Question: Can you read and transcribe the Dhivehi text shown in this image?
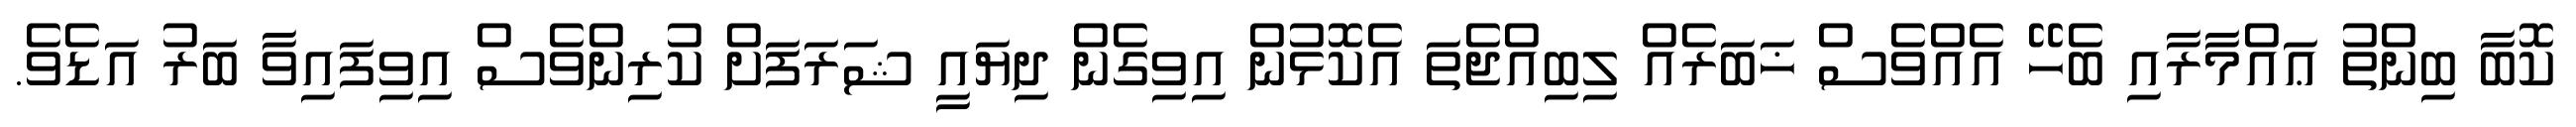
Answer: ކޮބާ ބިންތު ޢައްމާރާއި ބެހޭ އެއްވެސް ޚަބަރެއް ލިބިއްޖެތަ އެކޮޅުން އިވިގެން ދިޔައީ ޝަރަފަށް ކުރިންވެސް އިވިފައިވާ ބަރު އަޑެވެ.